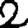
Digit: 2